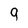
Character: 9